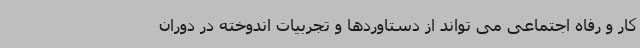
کار و رفاه اجتماعی می تواند از دستاوردها و تجربیات اندوخته در دوران